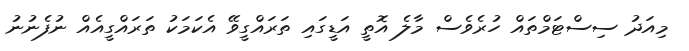
މިއަދު ސިސްޓަމްތައް ހުރެވެސް މާލެ އޮތީ އަޑީގައި ތަރައްގީވޭ އެކަމަކު ތަރައްގީއެއް ނުފެނުނު